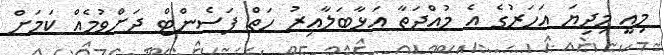
މިއީ މިދިޔަ އަހަރުގެ އެ މުއްދަތާ އަޅާބަލާއިރު ހަތް ޕަސެންޓް ދަށްވުމެއް ކަމަށް